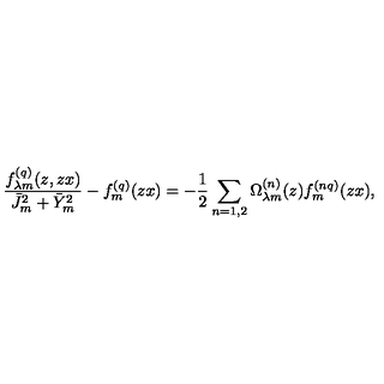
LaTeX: \frac { f _ { \lambda m } ^ { ( q ) } ( z , z x ) } { \bar { J } _ { m } ^ { 2 } + \bar { Y } _ { m } ^ { 2 } } - f _ { m } ^ { ( q ) } ( z x ) = - \frac { 1 } { 2 } \sum _ { n = 1 , 2 } \Omega _ { \lambda m } ^ { ( n ) } ( z ) f _ { m } ^ { ( n q ) } ( z x ) ,